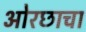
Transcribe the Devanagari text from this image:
ओरछाचा